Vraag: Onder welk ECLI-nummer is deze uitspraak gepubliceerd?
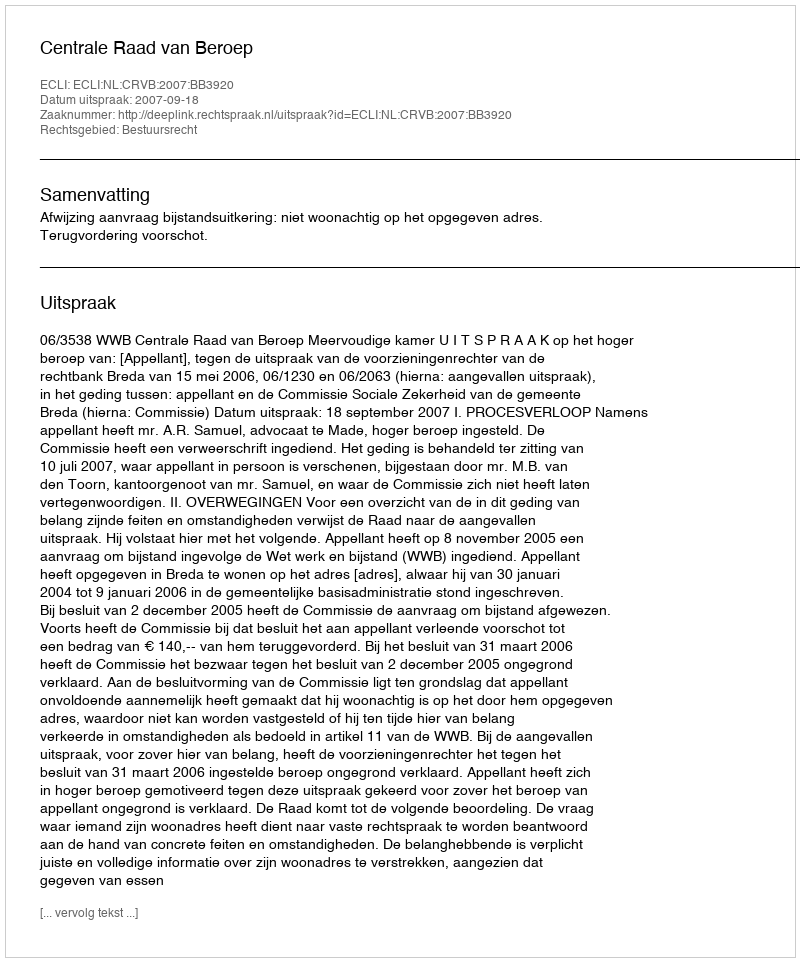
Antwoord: ECLI:NL:CRVB:2007:BB3920